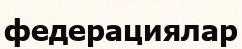
федерациялар